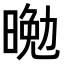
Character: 𭦴